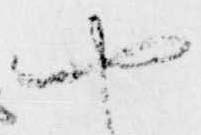
や